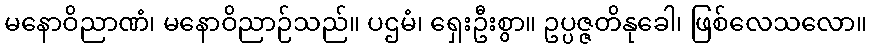
မနောဝိညာဏံ၊ မနောဝိညာဉ်သည်။ ပဌမံ၊ ရှေးဦးစွာ။ ဥပ္ပဇ္ဇတိနုခေါ၊ ဖြစ်လေသလော။